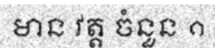
មាន វត្ត ចំនួន ១